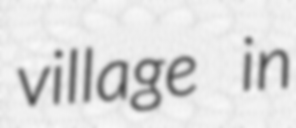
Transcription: village in